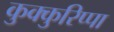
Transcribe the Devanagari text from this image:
कुक्कुरिप्पा